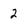
Character: 2